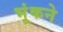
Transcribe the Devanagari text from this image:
भूंकने